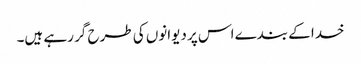
خدا کے بندے اس پر دیوانوں کی طرح گر رہے ہیں۔